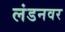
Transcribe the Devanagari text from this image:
लंडनवर